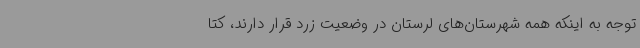
توجه به اینکه همه شهرستان‌های لرستان در وضعیت زرد قرار دارند، کتا